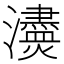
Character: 𤄸